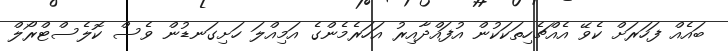
ބައެއް ފަހަރަށް ކެވޭ އެއްޗެހިތަކަކުން އުފައްދާއިރު އަހަރެމެންގެ އަމިއްލަ ހަށިގަނޑުން ވެސް ކޮލެސްޓްރޯލް